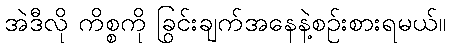
အဲဒီလို ကိစ္စကို ခြွင်းချက်အနေနဲ့စဉ်းစားရမယ်။